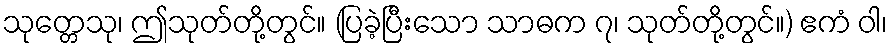
သုတ္တေသု၊ ဤသုတ်တို့တွင်။ (ပြခဲ့ပြီးသော သာဓက ၇၊ သုတ်တို့တွင်။) ဧကံ ဝါ၊